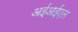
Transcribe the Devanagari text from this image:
आईआईएल